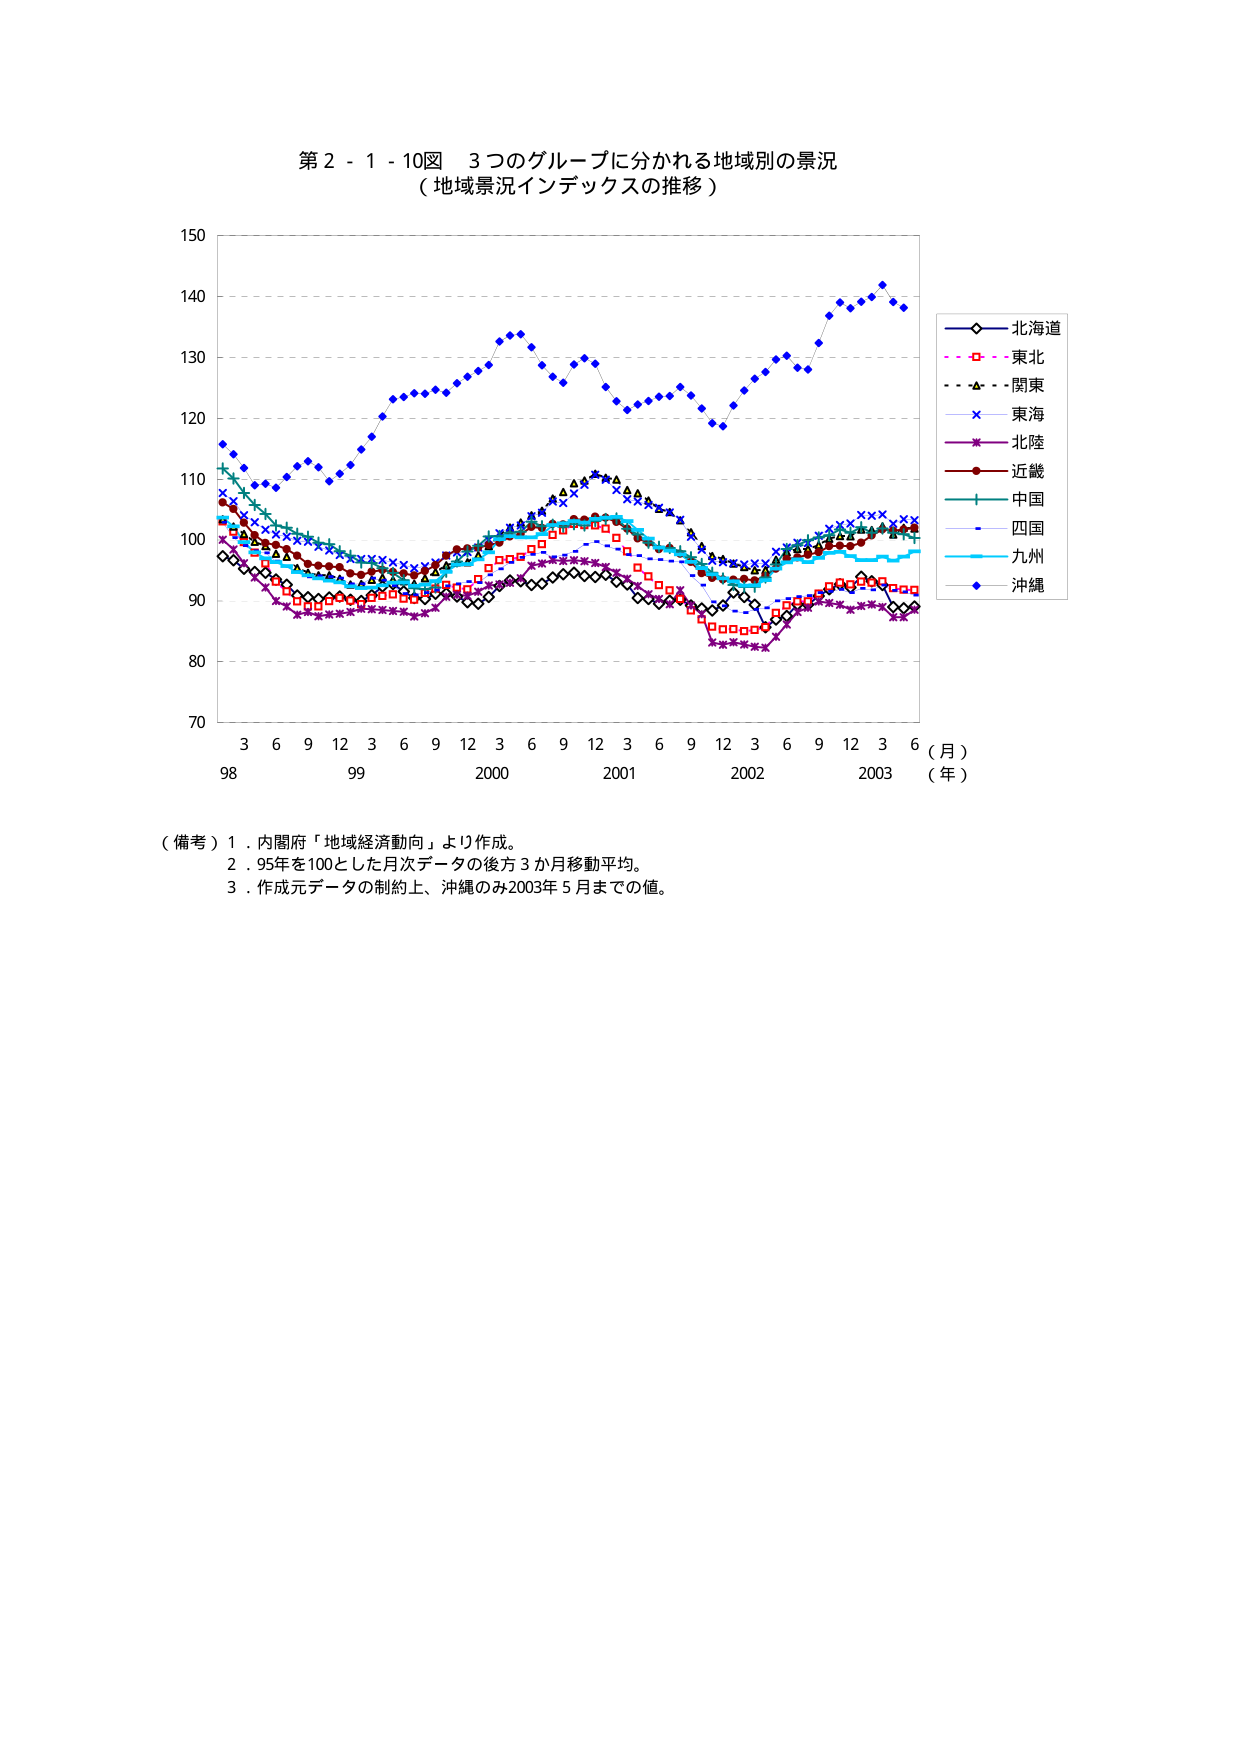
第２－１－１０図　３つのグループに分かれる地域別の景況
（地域景況インデックスの推移）

150
140
130
120
110
100
90
80
70

3　6　9　12　3　6　9　12　3　6　9　12　3　6　9　12　3　6
98　　　　　99　　　　　2000　　　　　2001　　　　　2002　　　　　2003
（月）
（年）

■　北海道
■　東北
■　関東
■　東海
■　北陸
■　近畿
■　中国
■　四国
■　九州
■　沖縄

（備考）１．内閣府「地域経済動向」より作成。
　　　２．95年を100とした月次データの後方３か月移動平均。
　　　３．作成元データの制約上、沖縄のみ2003年５月までの値。